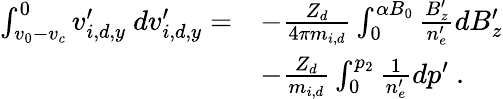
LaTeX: \begin{array}{rl}{\int_{v_{0}-v_{c}}^{0}v_{i,d,y}^{\prime}\ dv_{i,d,y}^{\prime}=}&{-\frac{Z_{d}}{4\pi m_{i,d}}\int_{0}^{\alpha B_{0}}\frac{B_{z}^{\prime}}{n_{e}^{\prime}}dB_{z}^{\prime}}\\ &{-\frac{Z_{d}}{m_{i,d}}\int_{0}^{p_{2}}\frac{1}{n_{e}^{\prime}}dp^{\prime}\ .}\end{array}